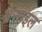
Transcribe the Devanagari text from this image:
ग्रेसाइल